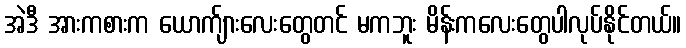
အဲဒီ အားကစားက ယောက်ျားလေးတွေတင် မကဘူး မိန်းကလေးတွေပါလုပ်နိုင်တယ်။